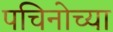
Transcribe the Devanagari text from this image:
पचिनोच्या